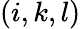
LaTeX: (i,k,l)